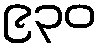
၉၃၀